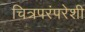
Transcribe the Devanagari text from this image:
चित्रपरंपरेशी